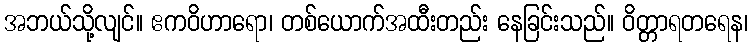
အဘယ်သို့လျင်။ ဧကဝိဟာရော၊ တစ်ယောက်အထီးတည်း နေခြင်းသည်။ ဝိတ္တာရတရေန၊